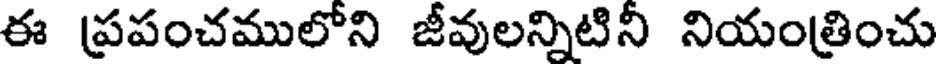
ఈ ప్రపంచములోని జీవులన్నిటిని నియంత్రించు